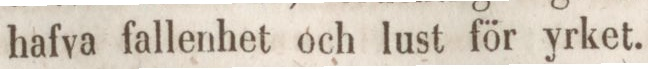
hafva fallenhet och lust för yrket.